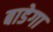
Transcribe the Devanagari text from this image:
बाडेगा